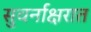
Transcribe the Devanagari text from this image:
सुवर्नाक्षरात